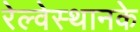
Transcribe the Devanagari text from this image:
रेल्वेस्थानके